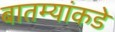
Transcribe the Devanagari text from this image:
बातम्यांकडे